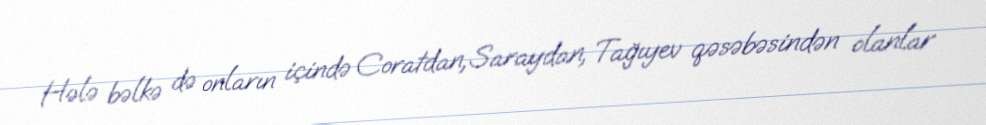
Hələ bəlkə də onların içində Coratdan, Saraydan, Tağıyev qəsəbəsindən olanlar